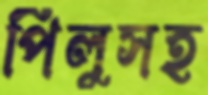
পিলুসহ